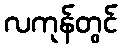
လကုန်တွင်